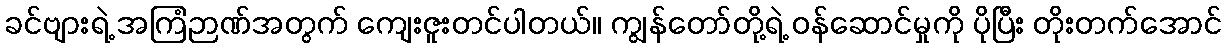
ခင်ဗျားရဲ့ အကြံဉာဏ်အတွက် ကျေးဇူးတင်ပါတယ်။ ကျွန်တော်တို့ရဲ့ ဝန်ဆောင်မှုကို ပိုပြီး တိုးတက်အောင်